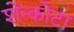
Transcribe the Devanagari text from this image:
शेन्कोटा